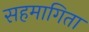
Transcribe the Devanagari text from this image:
सहमागिता